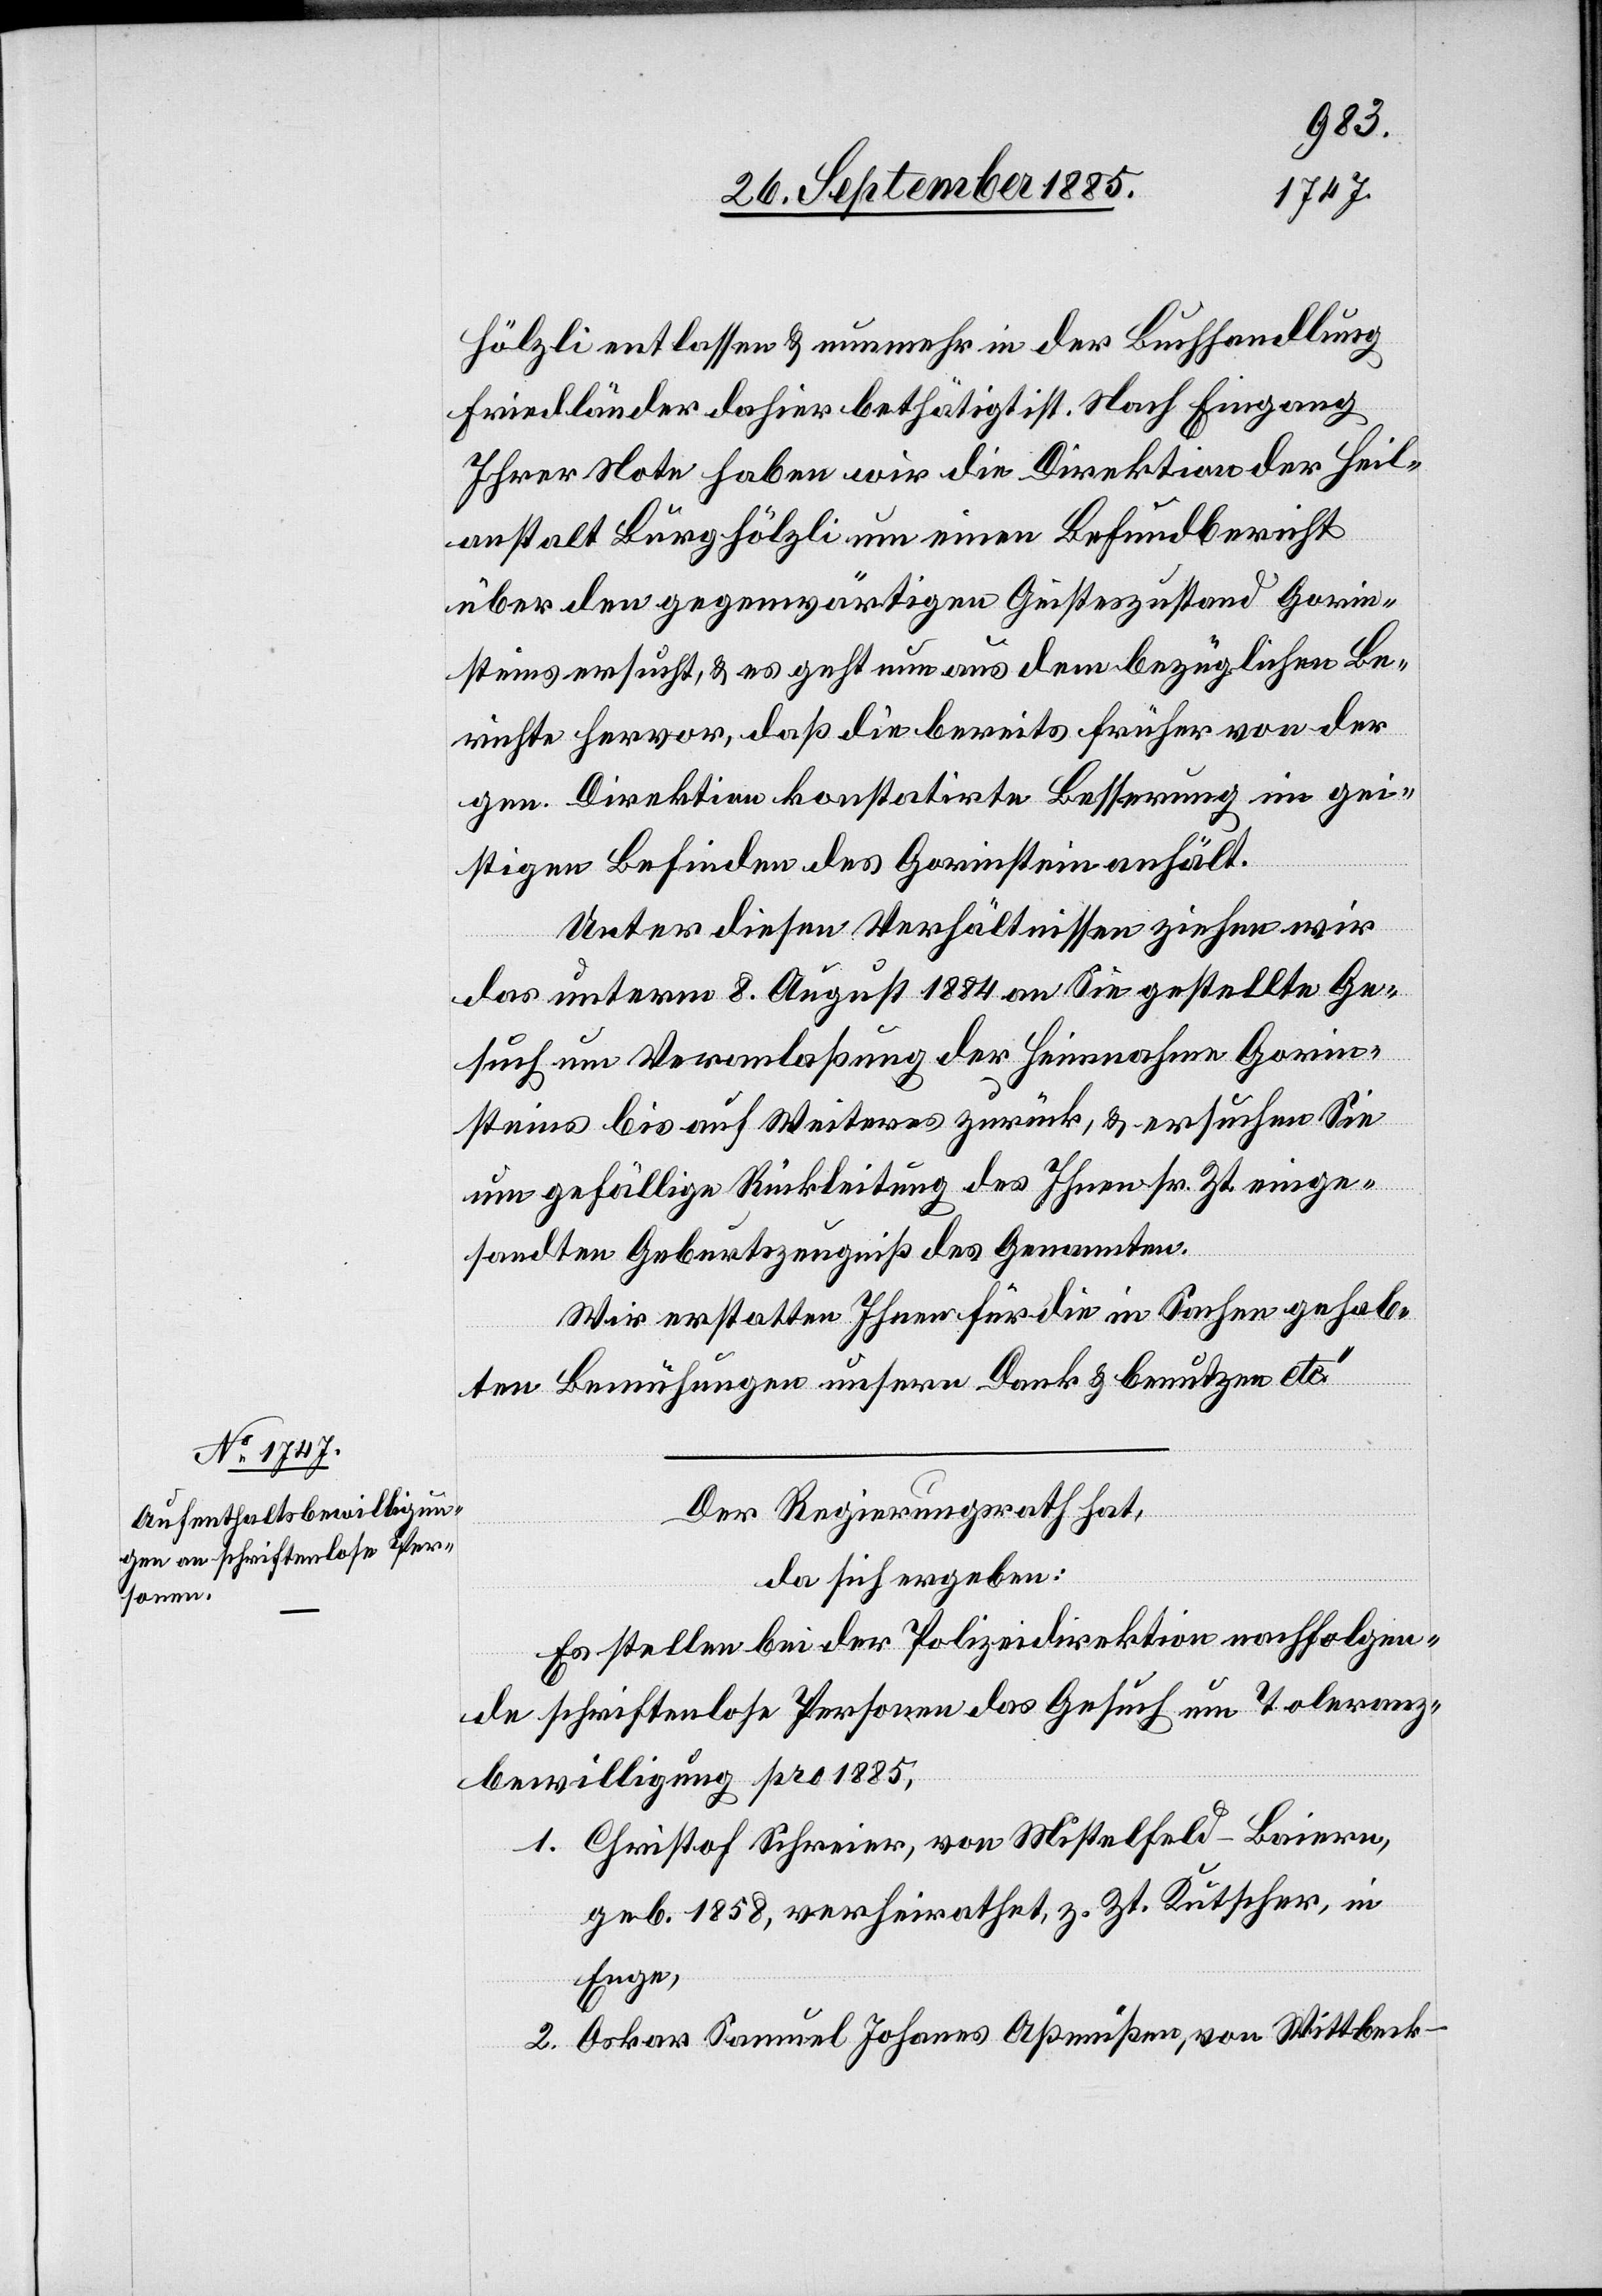
hölzli entlassen & nunmehr in der Buchhandlung
Friedländer dahier bethätigt ist. Nach Eingang
Ihrer Note haben wir die Direktion der Heil¬
anstalt Burghölzli um einen Befundbericht
über den gegenwärtigen Geisteszustand Gorin¬
steins ersucht, & es geht nun aus dem bezüglichen Be¬
richte hervor, daß die bereits früher von der
gen. Direktion konstatirte Besserung im gei¬
stigen Befinden des Gorinstein anhält.
Unter diesen Verhältnissen ziehen wir
das unterm 8. August 1884 an Sie gestellte Ge¬
such um Veranlaßung der Heimnahme Gorin¬
steins bis auf Weiteres zurück, & ersuchen Sie
um gefällige Rückleitung des Ihnen sr. Zt. einge¬
sandten Geburtszeugniß des Genannten.
Wir erstatten Ihnen für die in Sachen gehab¬
ten Bemühungen unsern Dank & benutzen etc.“
Der Regierungsrath hat,
da sich ergeben:
Es stellen bei der Polizeidirektion nachfolgen¬
de schriftenlose Personen das Gesuch um Toleranz¬
bewilligung pro 1885,
1. Christof Schreier, von Mistelfeld - Baiern,
geb. 1858, verheirathet, z. Zt. Kutscher, in
Enge,
2. Oskar Samuel Johanes Aßmußen, von Wittbeck